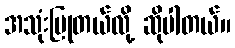
အသုံးပြုတယ်လို့ ဆိုပါတယ်။